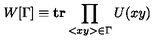
W [ \Gamma ] \equiv \mathrm { \bf t r } \prod _ { < x y > \in \Gamma } U ( x y )